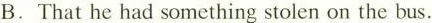
B.That he had something stolen on the bus.